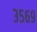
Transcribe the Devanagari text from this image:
३५६९